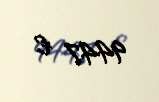
9447 €